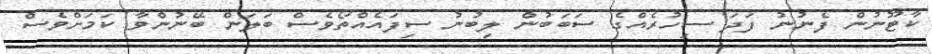
ކާޓޫނުން ފެނުނު ފަދަ ސިހުރެއްގެ ސަބަބުން ލިބުނު ސިފައެއްތޯވެސް ބަލަން ބޭނުންވާ ކަމަށްވެސް